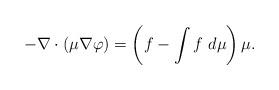
LaTeX: \begin{align*} - \nabla \cdot \left( \mu \nabla \varphi\right) = \left(f - \int f \ d \mu \right) \mu . \end{align*}